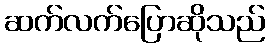
ဆက်လက်ပြောဆိုသည်